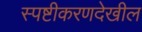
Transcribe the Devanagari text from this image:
स्पष्टीकरणदेखील